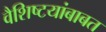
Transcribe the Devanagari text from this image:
वैशिष्टयांबाबत